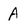
Character: A